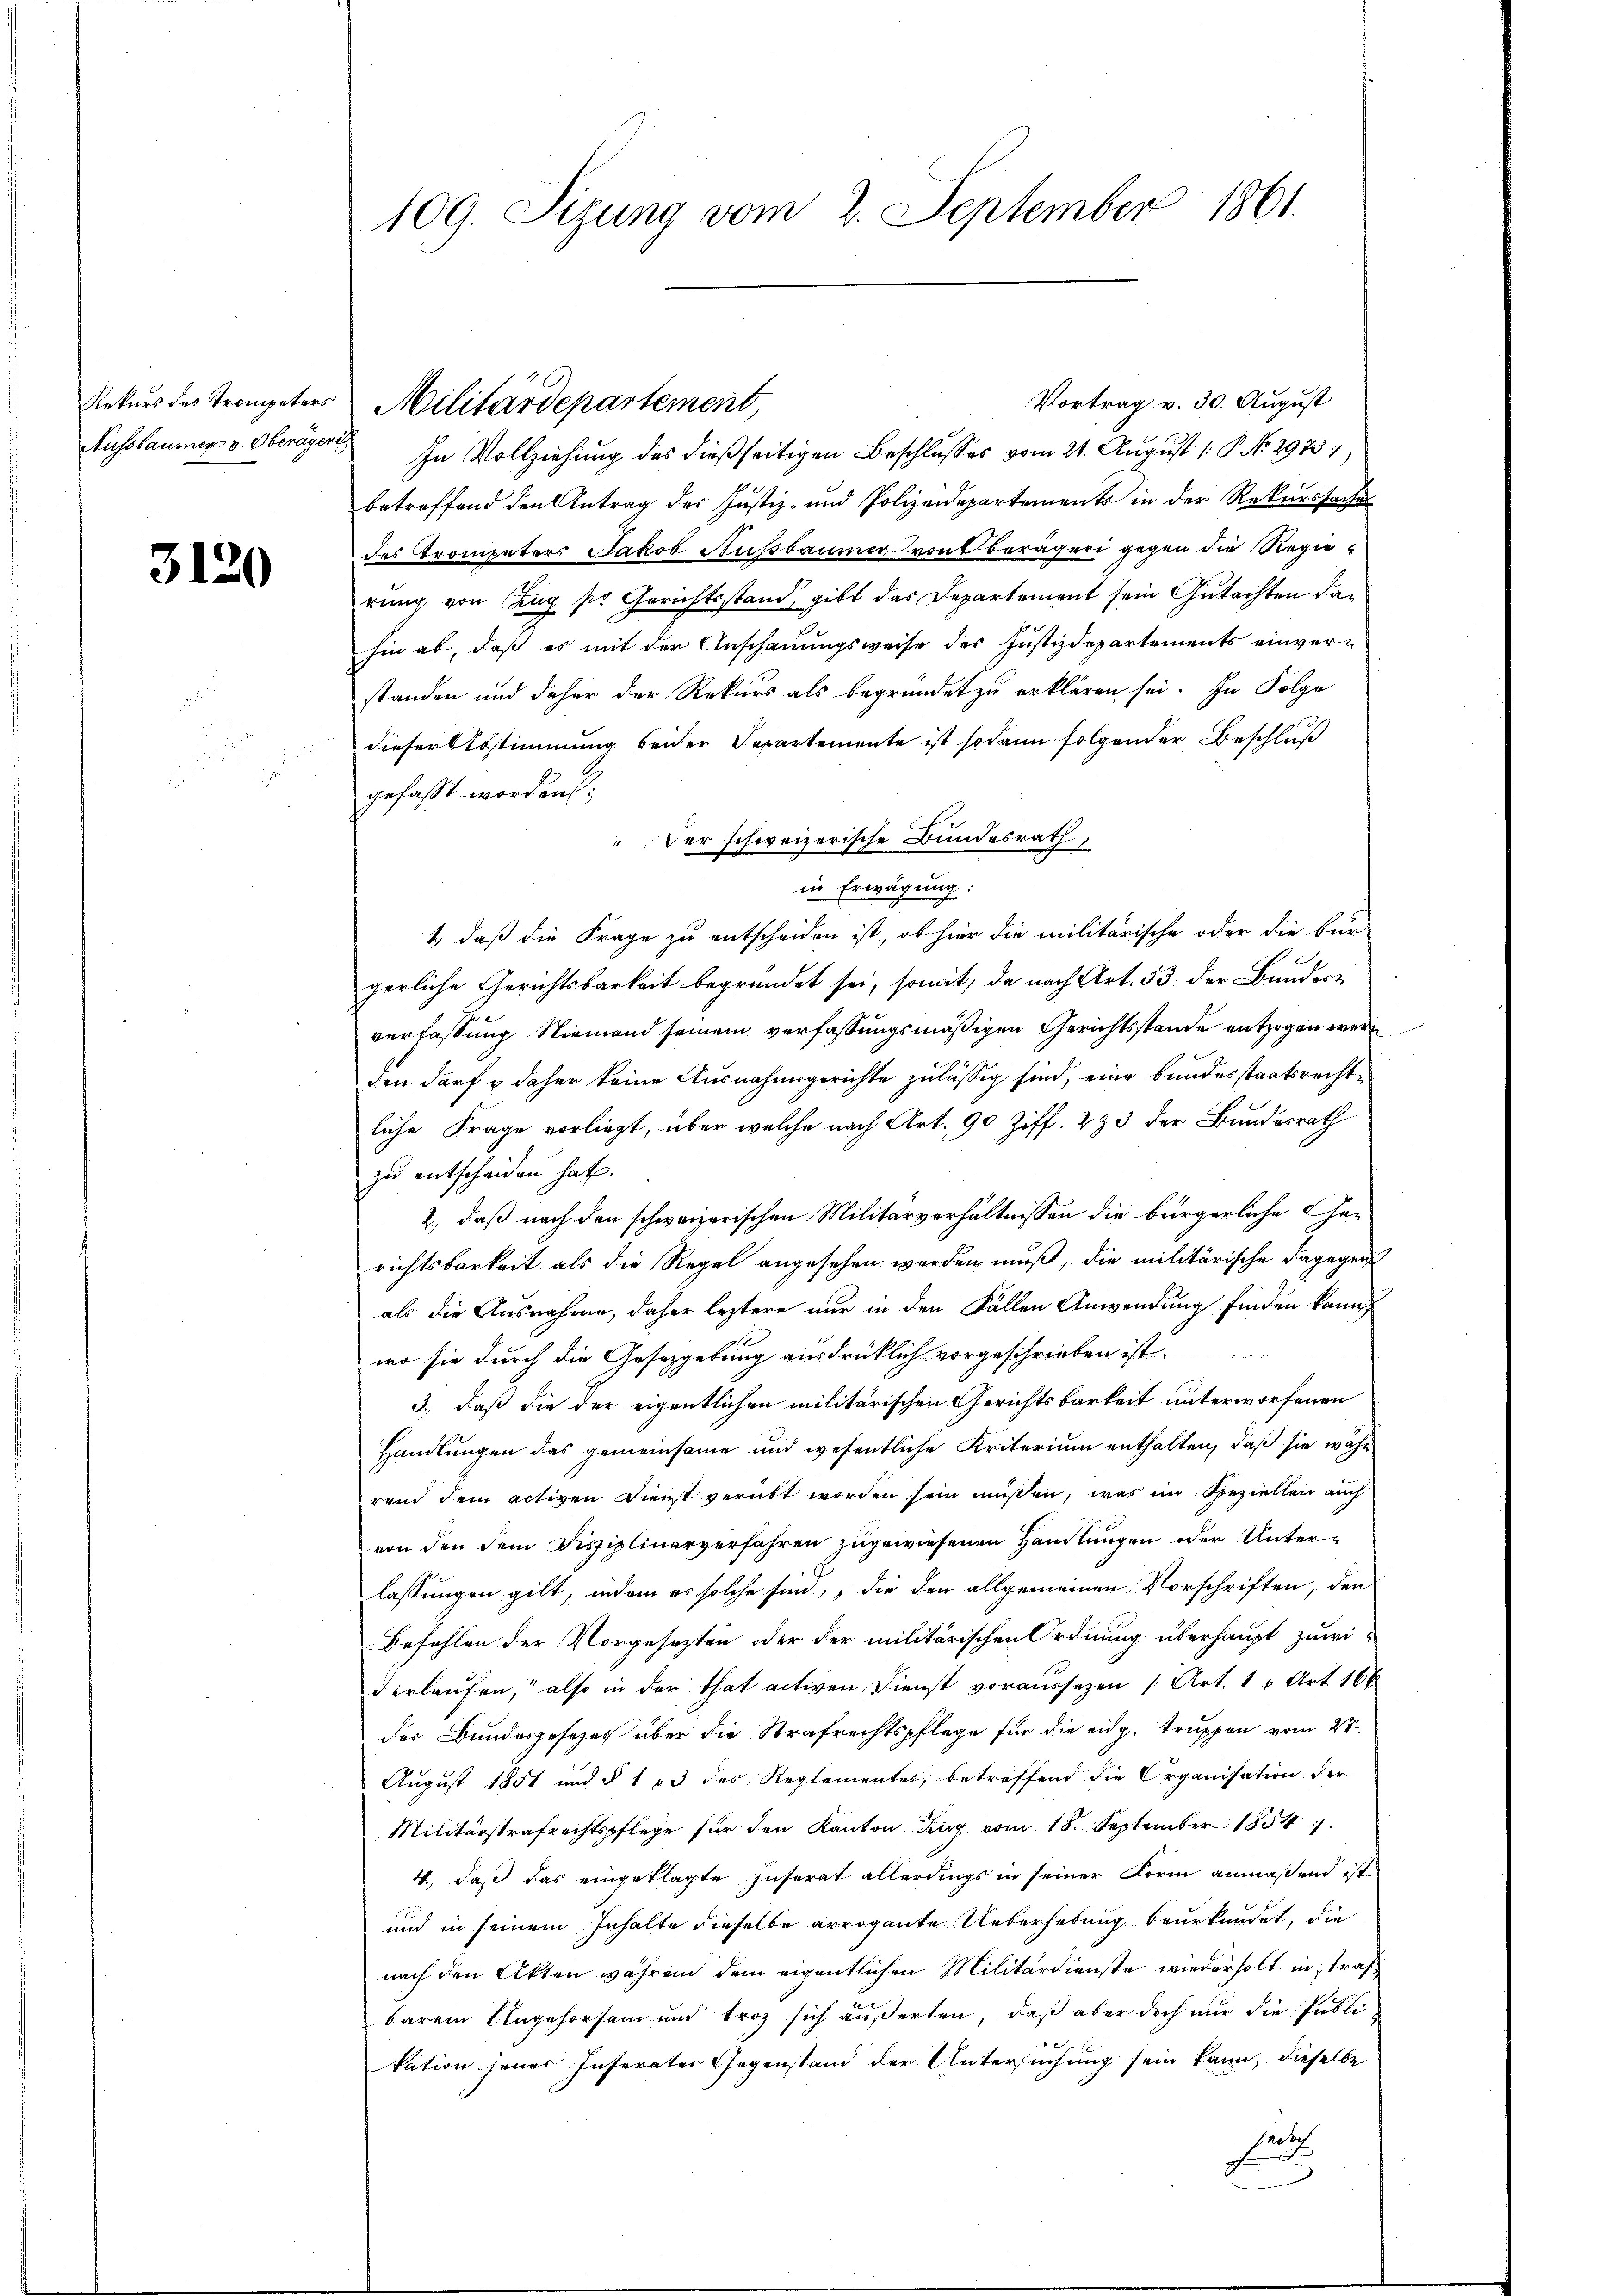
Aussbaumer v. Oberager

3120

Vortrag v. 30. August
h
In Vollziehung des dießseitigen Beschlußes vom 21. August 1 P. No. 2973),
betreffend den Antrag des Justiz- und Polizeidepartements in der Rekurssache
des Trompeters Jakob Ausbaumer von berägeri gegen die Regierung von Gang so Gerichtsstand, gibt das Departement sein Gutachten dahin ab, daß es mit der Anschauungsweise des Justizdepartements einverstanden und daher der Rekurs als begründet zu erklären sei. In Folge
dieser Abstimmung beider Separtemente ist sodann folgender Beschluß
gefaßt worden;
Der schweizerische Bundesrath
in Erwägung:
1., daß die Frage zu entscheiden ist, ob hier die militärische oder die bur-
gerliche Gerichtsbarkeit begründet sei, somit, da nach Art. 53 der Bunderverfassung Niemand seinem verfassungsmäßigen Gerichtsstande entzogen werd
den darf & daher keine Ausnahmsgerichte zulässig sind, eine bundesstaatsrechte
liche Frage vorliegt, über welche nach Art. 90 Ziff. 283 der Bundesrath
zu entscheiden hat.
2., daß nach den schweizerischen Militärverhältnissen die bürgerliche Ge-
richtsbarkeit als die Regel angesehen werden muß, die militärische dagegen
als die Ausnahme, daher leztere nur in den Fällen Anwendung finden kann,
wo sie durch die Gesetzgebung ausdrücklich vorgeschrieben ist.
3., daß die der eigentlichen militärischen Gerichtsbarkeit unterworfenen
Handlungen das gemeinsame und wesentliche Kriterium enthalten, daß sie währ
rend dem activen Dienst verübt worden sein müßen, was im Beziellen auch
von den dem Disziplinarverfahren zugewiesenen Handlungen oder Unterlassungen gilt, indem es solche sind, die den allgemeinen Vorschriften, den
Befehlen der Vorgesezten oder der militärischen Ordnung überhaupt zuwi-
derlaufen, also in der That activen Dienst voraussezen (Art. 1 u Art. 160
der Bundesgesetzes über die Strafrechtspflege für die eidg. Truppen vom 2t.
August 1851 und § 1 & 3 des Reglementes, betreffend die Organisation. Der
Militärstrafrechtspflege für den Kanton Zug vom 18. September 1854
4., daß das eingeklagte Inserat allerdings in seiner Form anmaßend ist
und in seinem Inhalte dieselbe arrogante Ueberhebung beurkundet, die
nach den Akten während dem eigentlichen Militärdienste wiederholt in strafbarem Ungehorsam und troz sich äußerten, daß aber doch nur die Publikation jener Inserates Gegenstand der Untersuchung sein kann, dieselbe
such

109. Sizung vom 2. September 1861.

Rekurs des Trompeters Militärdepartement,